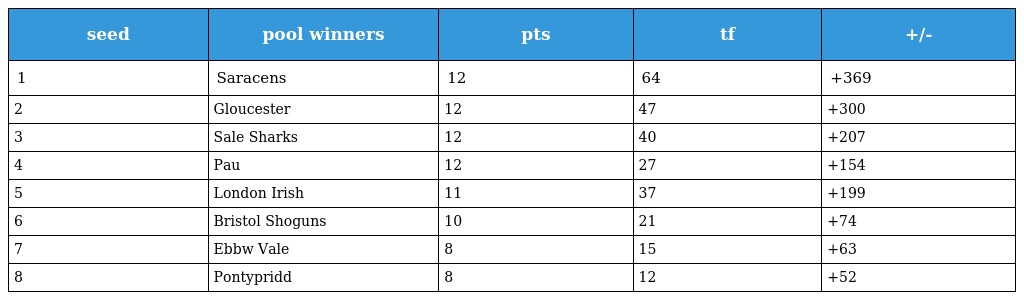
| seed | pool winners | pts | tf | +/- |
 | --- | --- | --- | --- | --- |
 | 1 | Saracens | 12 | 64 | +369 |
 | 2 | Gloucester | 12 | 47 | +300 |
 | 3 | Sale Sharks | 12 | 40 | +207 |
 | 4 | Pau | 12 | 27 | +154 |
 | 5 | London Irish | 11 | 37 | +199 |
 | 6 | Bristol Shoguns | 10 | 21 | +74 |
 | 7 | Ebbw Vale | 8 | 15 | +63 |
 | 8 | Pontypridd | 8 | 12 | +52 |